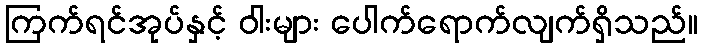
ကြက်ရင်အုပ်နှင့် ဝါးများ ပေါက်ရောက်လျက်ရှိသည်။